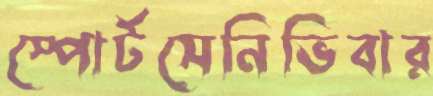
স্পোর্টসেনিভিবার